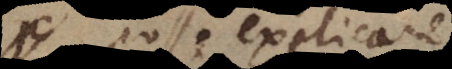
posse explicare